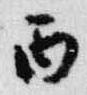
丙